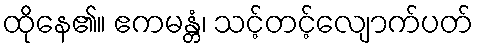
ထိုနေ၏။ ဧကမန္တံ၊ သင့်တင့်လျောက်ပတ်